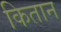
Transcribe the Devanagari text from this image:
कितान